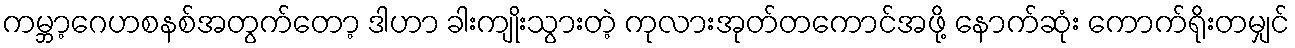
ကမ္ဘာ့ဂေဟစနစ်အတွက်တော့ ဒါဟာ ခါးကျိုးသွားတဲ့ ကုလားအုတ်တကောင်အဖို့ နောက်ဆုံး ကောက်ရိုးတမျှင်